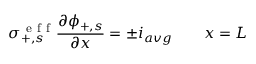
\sigma _ { + , s } ^ { \mathrm { ~ e ~ f ~ f ~ } } \frac { \partial \phi _ { + , s } } { \partial x } = \pm i _ { a v g } \qquad x = L